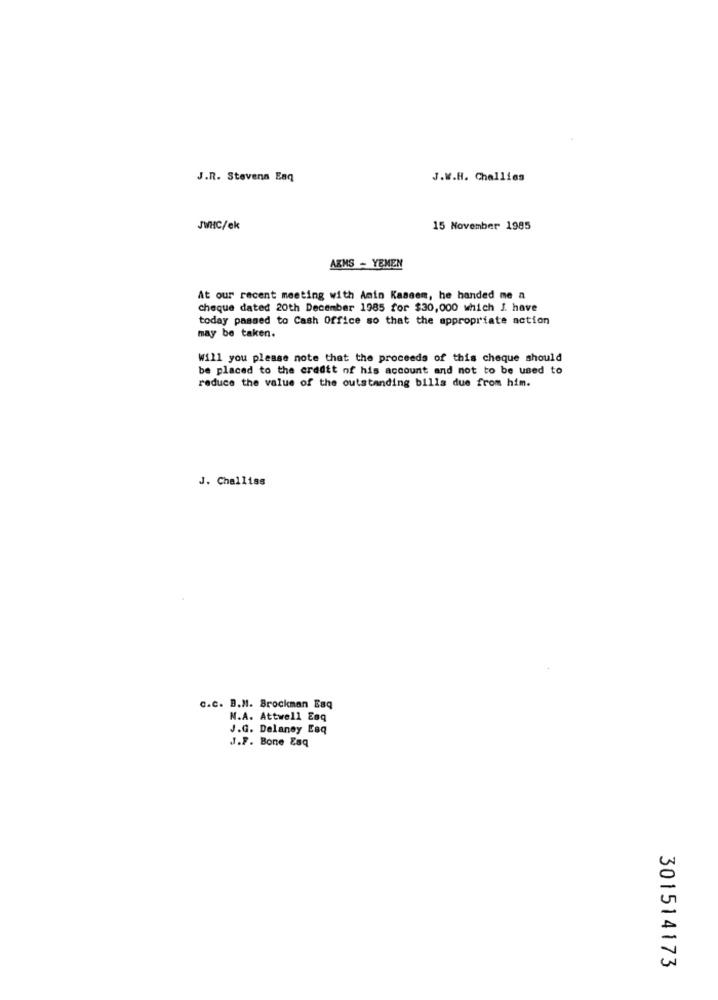
J.R. Stevens Enq
J.W.H. Challies
JWHC/ek
15 November 1985
AKMS - YEMEN
At our recent meeting with Amin Kaseem, he handed me a
cheque dated 20th December 1985 for $30,000 which J. have
today passed to Cash Office so that the appropriate action
may be taken.
Will you please note that the proceeds of this cheque should
be placed to the credit of his account and not to be used to
reduce the value of the outstanding bills due from him.
J. Challiss
c.c. B.M. Brockman Esq
N.A. Attwell Eoq
J.G. Delaney Esq
J.F. Bone Esq
301514173